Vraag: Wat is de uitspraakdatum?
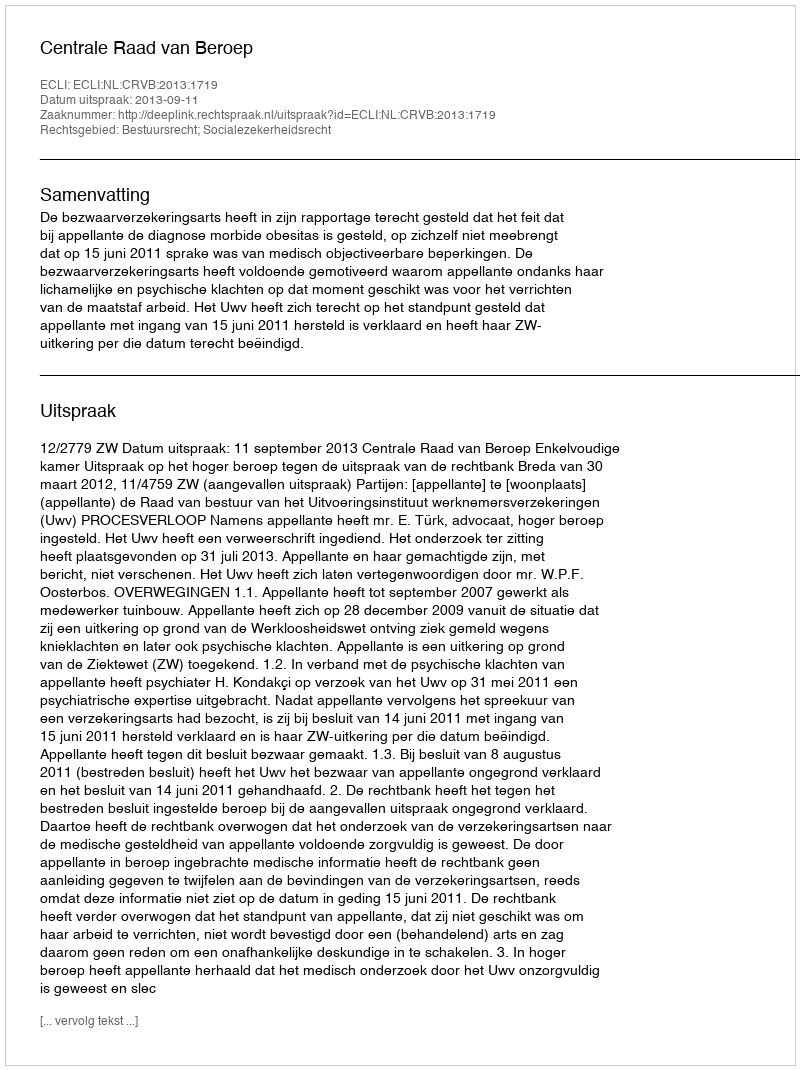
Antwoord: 2013-09-11